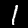
Label: 1